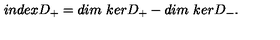
i n d e x D _ { + } = d i m { \ } k e r D _ { + } - d i m { \ } k e r D _ { - } .